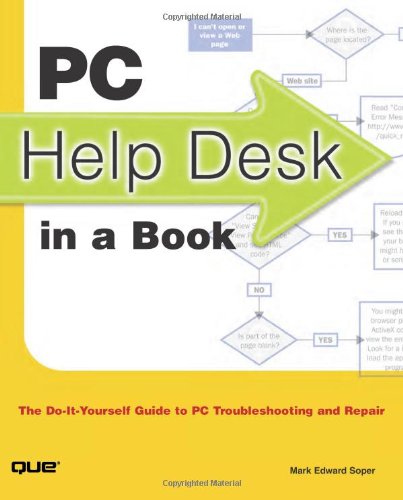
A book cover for PC Help Desk in a Book: The Do-it-Yourself Guide to PC Troubleshooting and Repair; Mark Edward Soper; Computers & Technology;